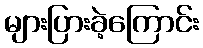
များပြားခဲ့ကြောင်း